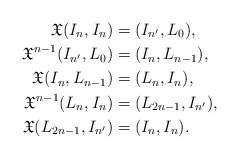
\begin{align*}\mathfrak{X}(I_n, I_n)&=(I_{n^{\prime}}, L_0),\\\mathfrak{X}^{n-1}(I_{n^{\prime}}, L_0)&=(I_{n}, L_{n-1}),\\\mathfrak{X}(I_{n}, L_{n-1})&=(L_{n}, I_{n}),\\\mathfrak{X}^{n-1}(L_{n}, I_{n})&=(L_{2n-1}, I_{n^{\prime}}),\\\mathfrak{X}(L_{2n-1}, I_{n^{\prime}})&=(I_{n}, I_{n}).\end{align*}